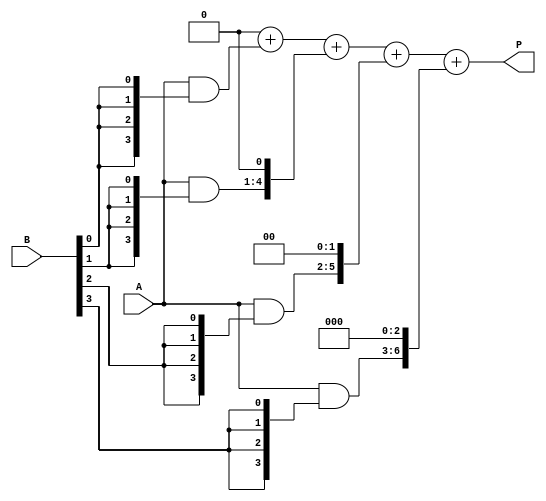
module array_multiplier #(
    parameter A_WIDTH = 4, // Width of multiplicand A
    parameter B_WIDTH = 4  // Width of multiplier B
)(
    input [A_WIDTH-1:0] A, // Multiplicand
    input [B_WIDTH-1:0] B, // Multiplier
    output reg [A_WIDTH + B_WIDTH - 1:0] P // Product output
);

    // Partial product array
    reg [A_WIDTH - 1:0] partial_products[B_WIDTH - 1:0];

    integer i, j;

    // Generate partial products
    always @(*) begin
        // Initialize the product to zero
        P = 0;

        // Generate partial products
        for (i = 0; i < B_WIDTH; i = i + 1) begin
            partial_products[i] = A & {A_WIDTH{B[i]}};
        end

        // Add partial products with shifting
        for (i = 0; i < B_WIDTH; i = i + 1) begin
            P = P + (partial_products[i] << i); // Shift left by i positions
        end
    end

endmodule